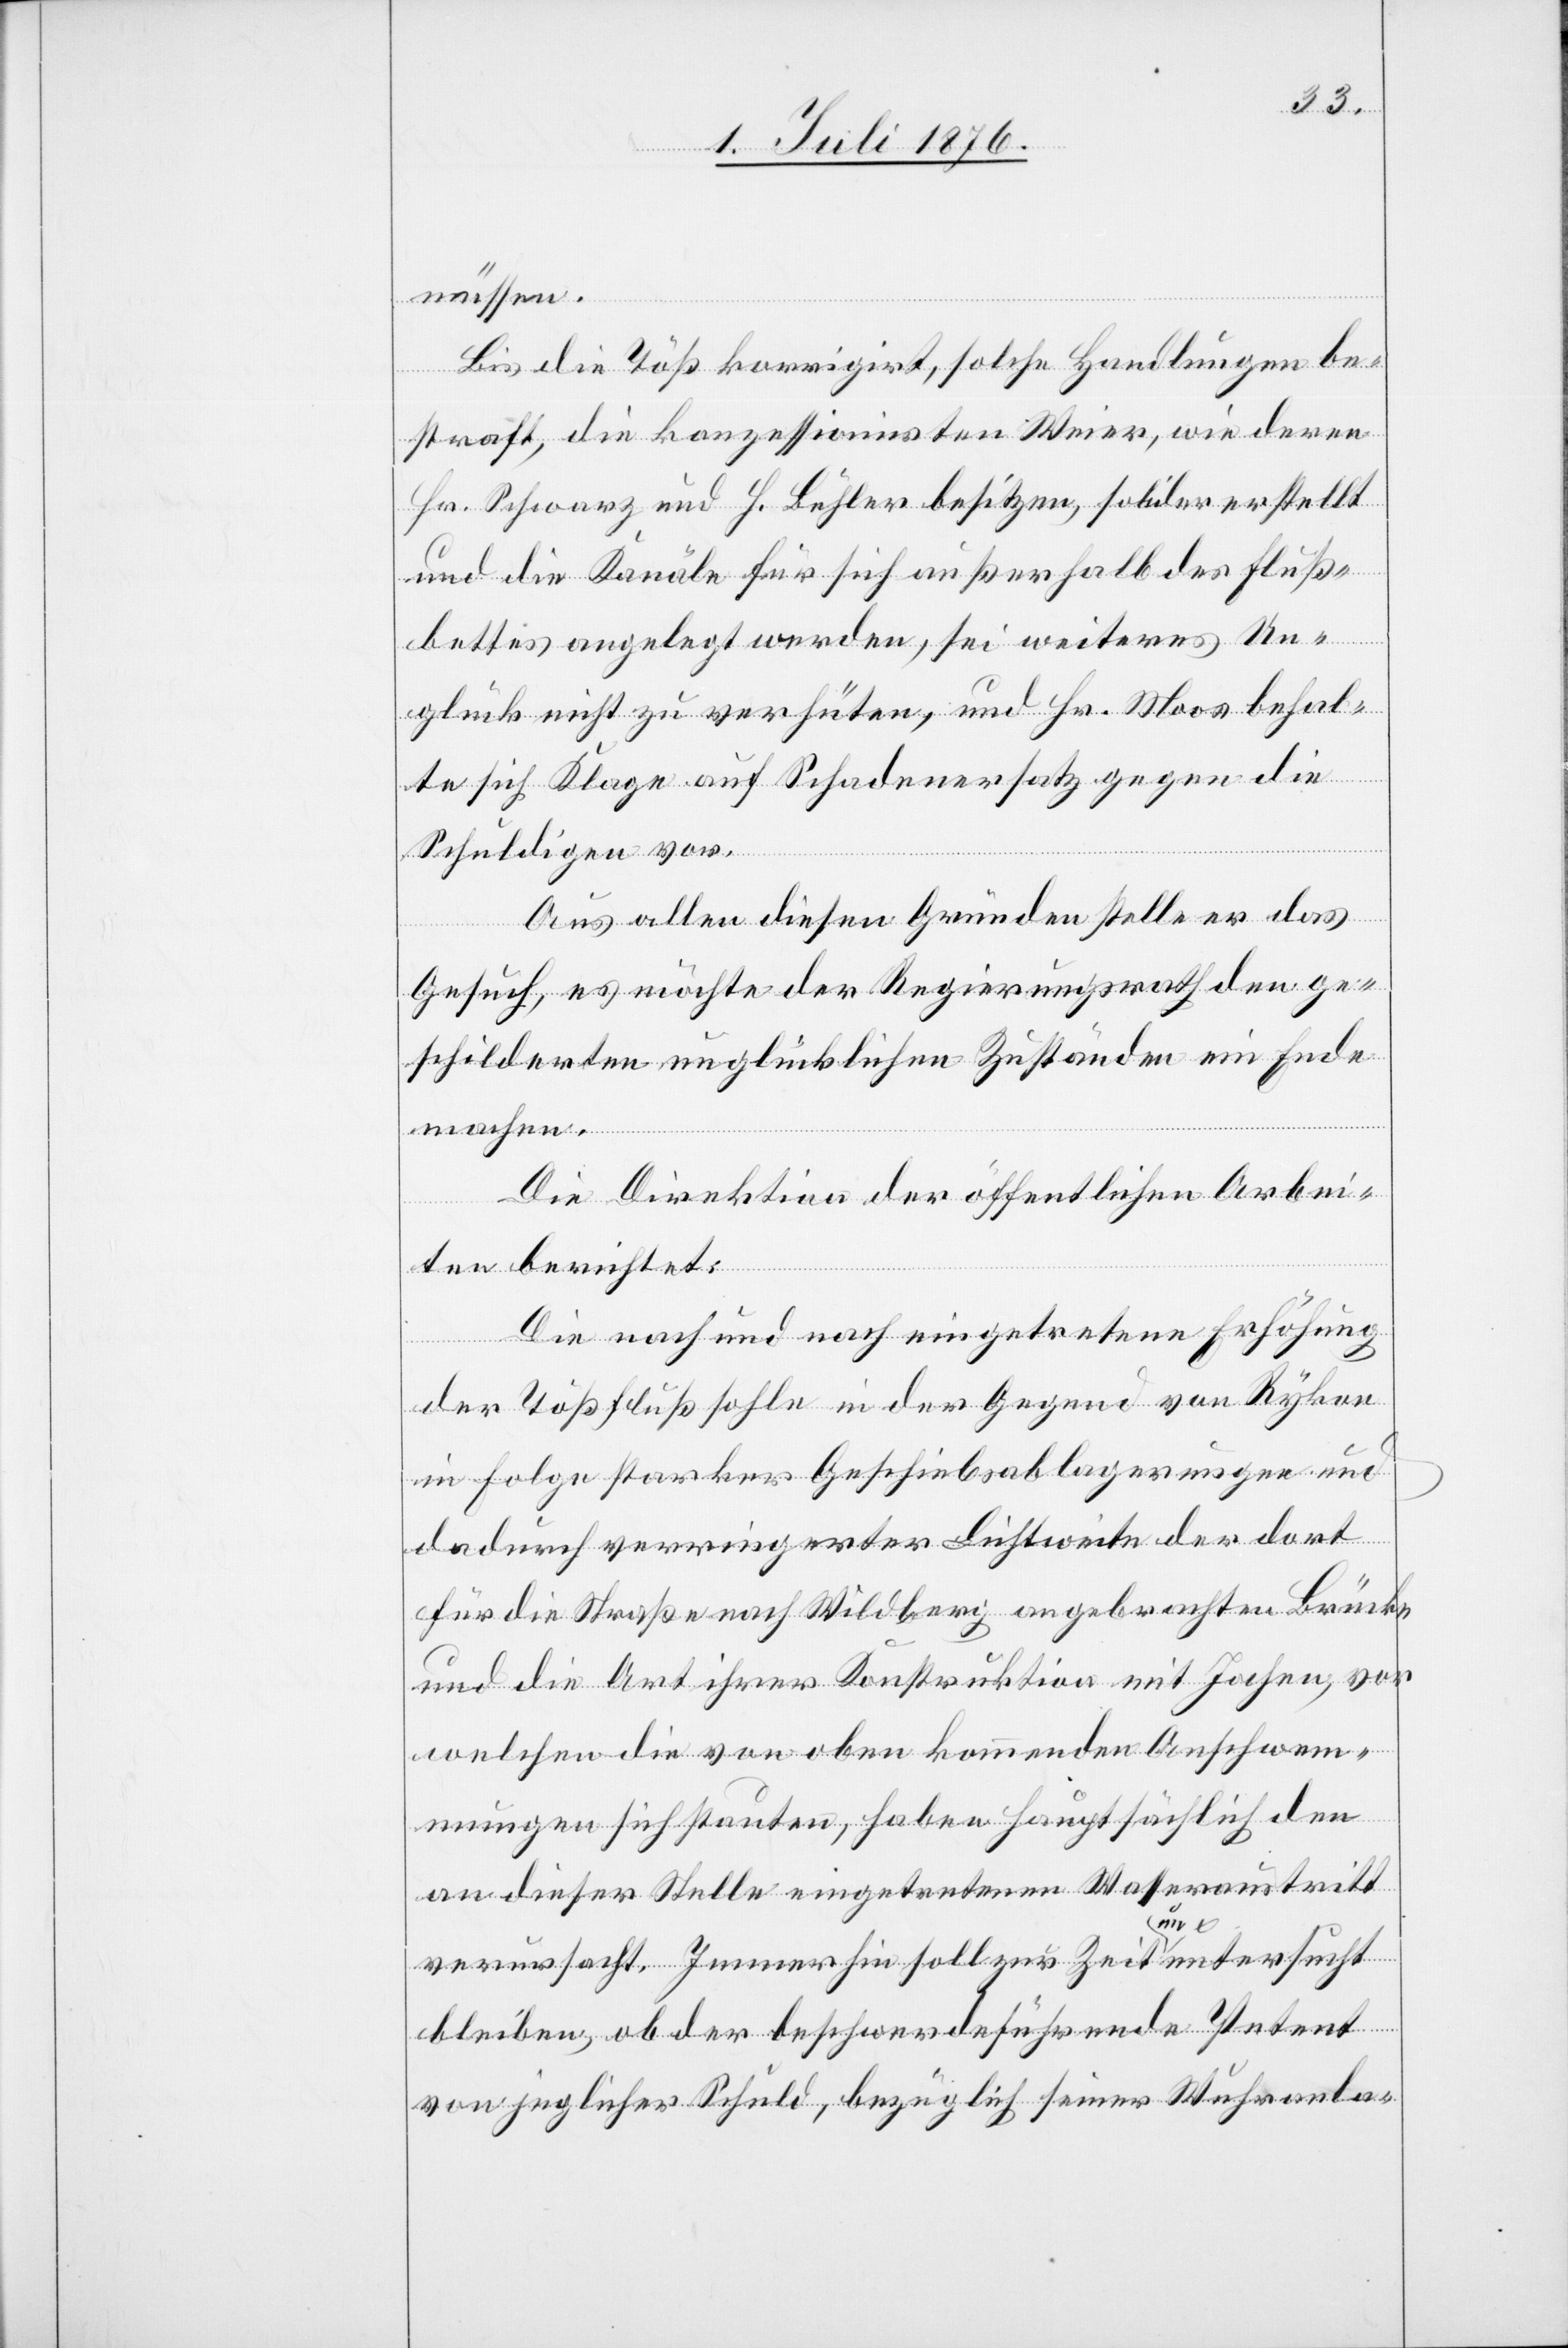
müssen.
Bis die Töß korrigirt, solche Handlungen be¬
straft, die konzessionirten Weiser, wie deren
Hr. Schwarz und H. Bühler besitzen, solider erstellt
und die Kanäle für sich außerhalb des Fluß¬
bettes angelegt werden, sei weiters Un¬
glück nicht zu verhüten, und Hr. Moos behal¬
te sich Klage auf Schadenersatz gegen die
Schuldigen vor.
Aus allen diesen Gründen stelle er das
Gesuch, es möchte der Regierungsrath den ge¬
schilderten unglücklichen Zuständen ein Ende
machen.
Die Direktion der öffentlichen Arbei¬
ten berichtet:
Die nach und nach eingetretene Erhöhung
der Tößflußsohle in der Gegend von Rykon
in Folge starker Geschiebsablagerungen und
dadurch verringerter Lichtweite der dort
für die Straße nach Wildberg angebrachten Brücke
und die Art ihrer Konstruktion mit Jochen, vor
welchen die von oben kommenden Anschwem¬
mungen sich stauten, haben hauptsächlich den
an dieser Stelle eingetretenen Wasseraustritt
verursacht. Immerhin soll zur Zeit a un auntersucht
bleiben, ob der beschwerdeführende Petent
von jeglicher Schuld, bezüglich seiner Wuhranla-